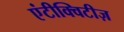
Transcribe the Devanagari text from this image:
एंटीक्विटीज़